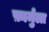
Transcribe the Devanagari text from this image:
फ़ार्मुला